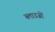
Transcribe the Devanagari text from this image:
ब्लाउजों